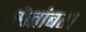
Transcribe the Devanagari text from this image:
श्वेतांबर।